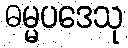
ဓမ္မပဒေသု